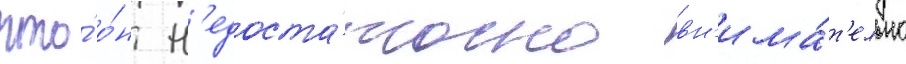
что́ о́н н'едоста́точно вн'има́т'ельно